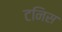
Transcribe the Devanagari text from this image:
टनिस